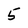
Character: 5